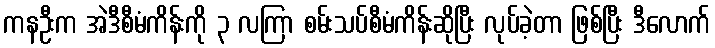
ကနဦးက အဲဒီစီမံကိန်းကို ၃ လကြာ စမ်းသပ်စီမံကိန်းဆိုပြီး လုပ်ခဲ့တာ ဖြစ်ပြီး ဒီလောက်